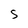
Character: S